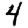
Digit: 4